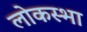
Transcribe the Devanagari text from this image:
लोकस्भा